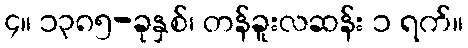
၄။ ၁၃၈၅-ခုနှစ်၊ တန်ခူးလဆန်း ၁ ရက်။